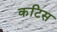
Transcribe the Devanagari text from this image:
कटिस